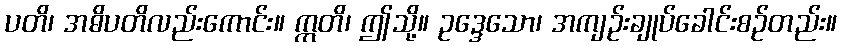
ပတိ၊ အဓိပတိလည်းကောင်း။ ဣတိ၊ ဤသို့။ ဥဒ္ဒေသော၊ အကျဉ်းချုပ်ခေါင်းစဉ်တည်း။